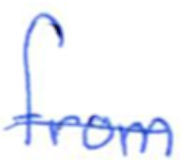
Text: from
Cross-out: single-line
Writing tool: ballpoint